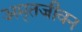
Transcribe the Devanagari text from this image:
अमृतजीवन